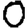
Digit: 0